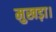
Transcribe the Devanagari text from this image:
मुखड़ा।